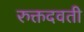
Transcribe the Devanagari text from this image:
रुक्तदवती